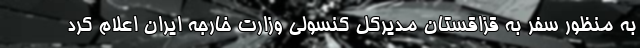
به منظور سفر به قزاقستان مدیرکل کنسولی وزارت خارجه ایران اعلام کرد